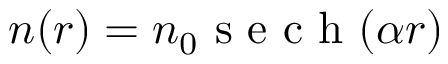
n ( r ) = n _ { 0 } \mathrm { ~ s ~ e ~ c ~ h ~ } ( \alpha { r } )